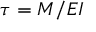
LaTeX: \tau = M / E I